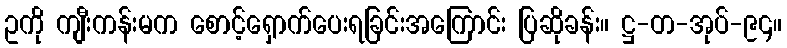
ဥကို ကျီးကန်းမက စောင့်ရှောက်ပေးရခြင်းအကြောင်း ပြဆိုခန်း။ ဋ္ဌ-တ-အုပ်-၉၄။